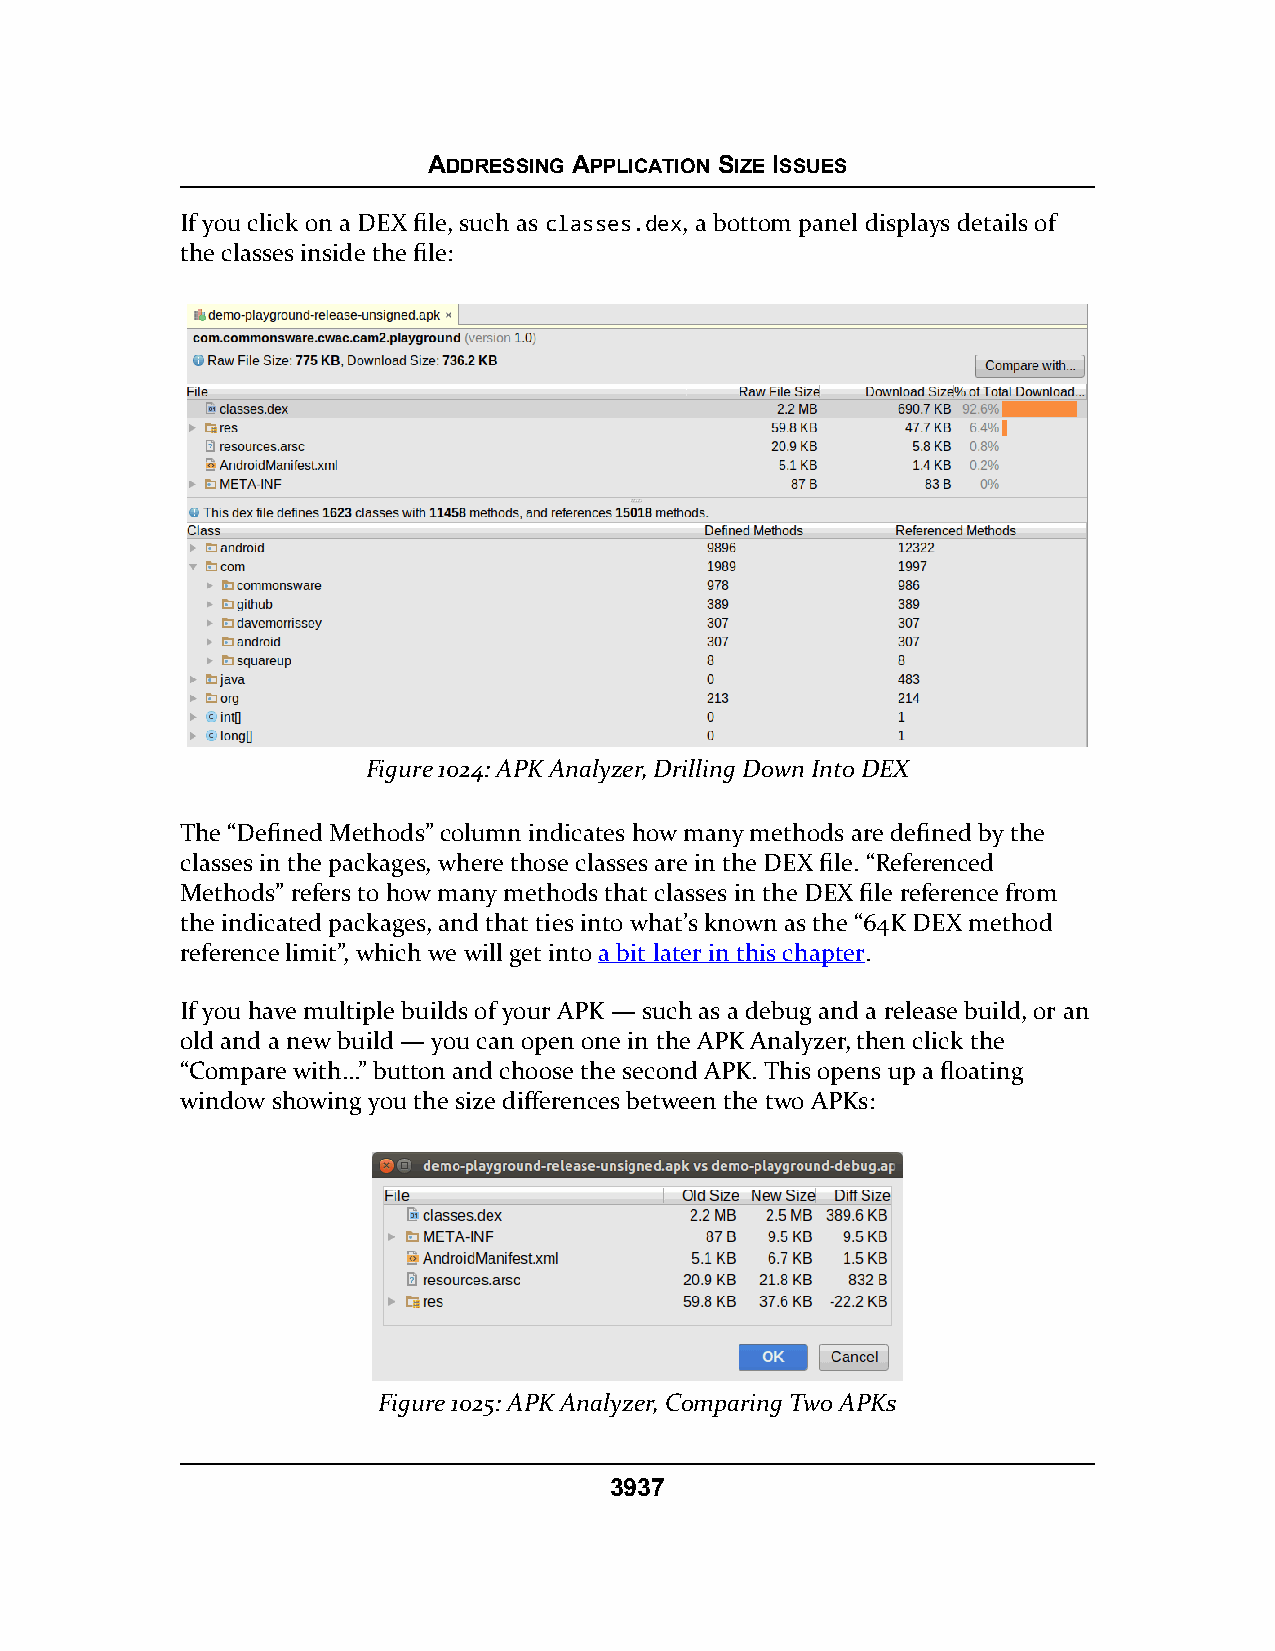
ADDRESSING APPLICATION SIZE ISSUES
 If you click on a DEX file, such as classes.dex, a bottom panel displays details of
 the classes inside the file:
 Figure 1024: APK Analyzer, Drilling Down Into DEX
 The “Defined Methods” column indicates how many methods are defined by the
 classes in the packages, where those classes are in the DEX file. “Referenced
 Methods” refers to how many methods that classes in the DEX file reference from
 the indicated packages, and that ties into what’s known as the “64K DEX method
 reference limit”, which we will get into a bit later in this chapter.
 If you have multiple builds of your APK — such as a debug and a release build, or an
 old and a new build — you can open one in the APK Analyzer, then click the
 “Compare with…” button and choose the second APK. This opens up a floating
 window showing you the size differences between the two APKs:
 Figure 1025: APK Analyzer, Comparing Two APKs
 3937